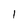
Character: 1